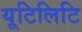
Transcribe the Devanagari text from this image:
यूटिलिटि